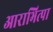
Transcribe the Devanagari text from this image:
आराभित्पा